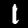
Label: 1